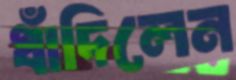
ধাঁদিলেন